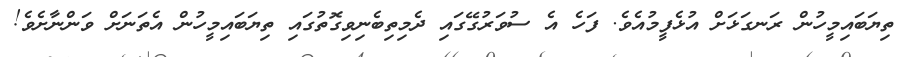
ތިޔަބައިމީހުން ރަނގަޅަށް އުޅެފީމުއެވެ. ފަހެ އެ ސުވަރުގޭގައި ދެމިތިބެނިވިގޮތުގައި ތިޔަބައިމީހުން އެތަނަށް ވަންނާށެވެ!